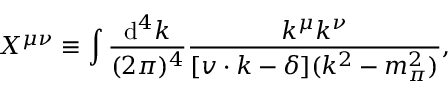
X ^ { \mu \nu } \equiv \int \frac { \mathrm { d } ^ { 4 } k } { ( 2 \pi ) ^ { 4 } } \frac { k ^ { \mu } k ^ { \nu } } { [ v \cdot k - \delta ] ( k ^ { 2 } - m _ { \pi } ^ { 2 } ) } ,